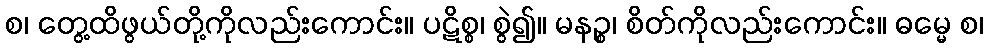
စ၊ တွေ့ထိဖွယ်တို့ကိုလည်းကောင်း။ ပဋိစ္စ၊ စွဲ၍။ မနဉ္စ၊ စိတ်ကိုလည်းကောင်း။ ဓမ္မေ စ၊